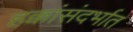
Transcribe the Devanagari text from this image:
हक्कांसंदर्भात